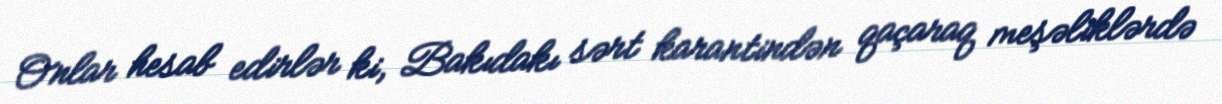
Onlar hesab edirlər ki, Bakıdakı sərt karantindən qaçaraq meşəliklərdə